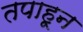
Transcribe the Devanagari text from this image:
तपाहून